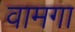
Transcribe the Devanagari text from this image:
वामगा